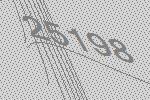
25198